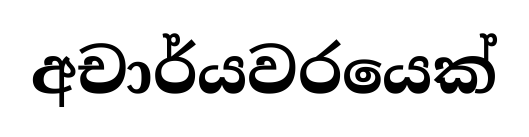
අචාර්යවරයෙක්